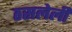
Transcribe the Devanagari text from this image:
ठसलेली